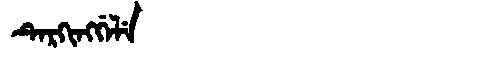
Manchu: ᡨᡝᡵᡴᡳᠩᡤᡝᠯᡝ
Romanization: TERKINGGELE